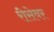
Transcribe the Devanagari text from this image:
रीसेवर